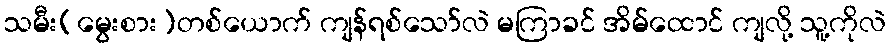
သမီး(မွေးစား)တစ်ယောက် ကျန်ရစ်သော်လဲ မကြာခင် အိမ်ထောင် ကျလို့ သူ့ကိုလဲ